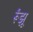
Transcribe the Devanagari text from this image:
र्रूंझू